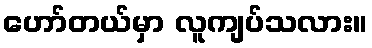
ဟော်တယ်မှာ လူကျပ်သလား။